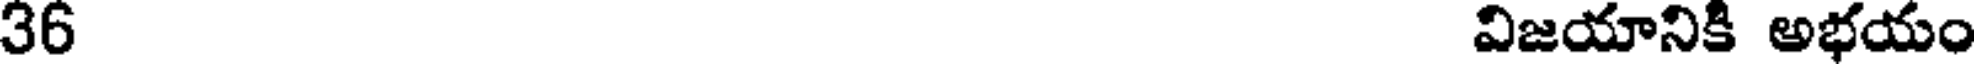
36 విజయానికి అభయం